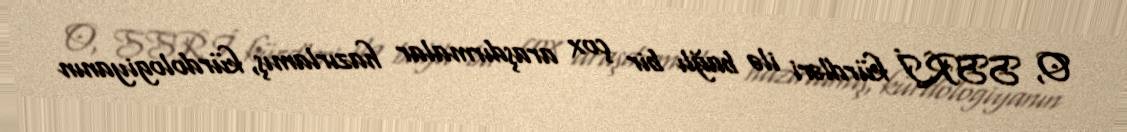
O, SSRİ kürdləri ilə bağlı bir çox araşdırmalar hazırlamış, kürdologiyanın